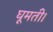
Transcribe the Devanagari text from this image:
घूमती।